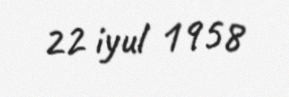
22 iyul 1958